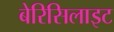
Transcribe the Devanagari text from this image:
बेरिसिलाइट